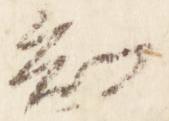
知